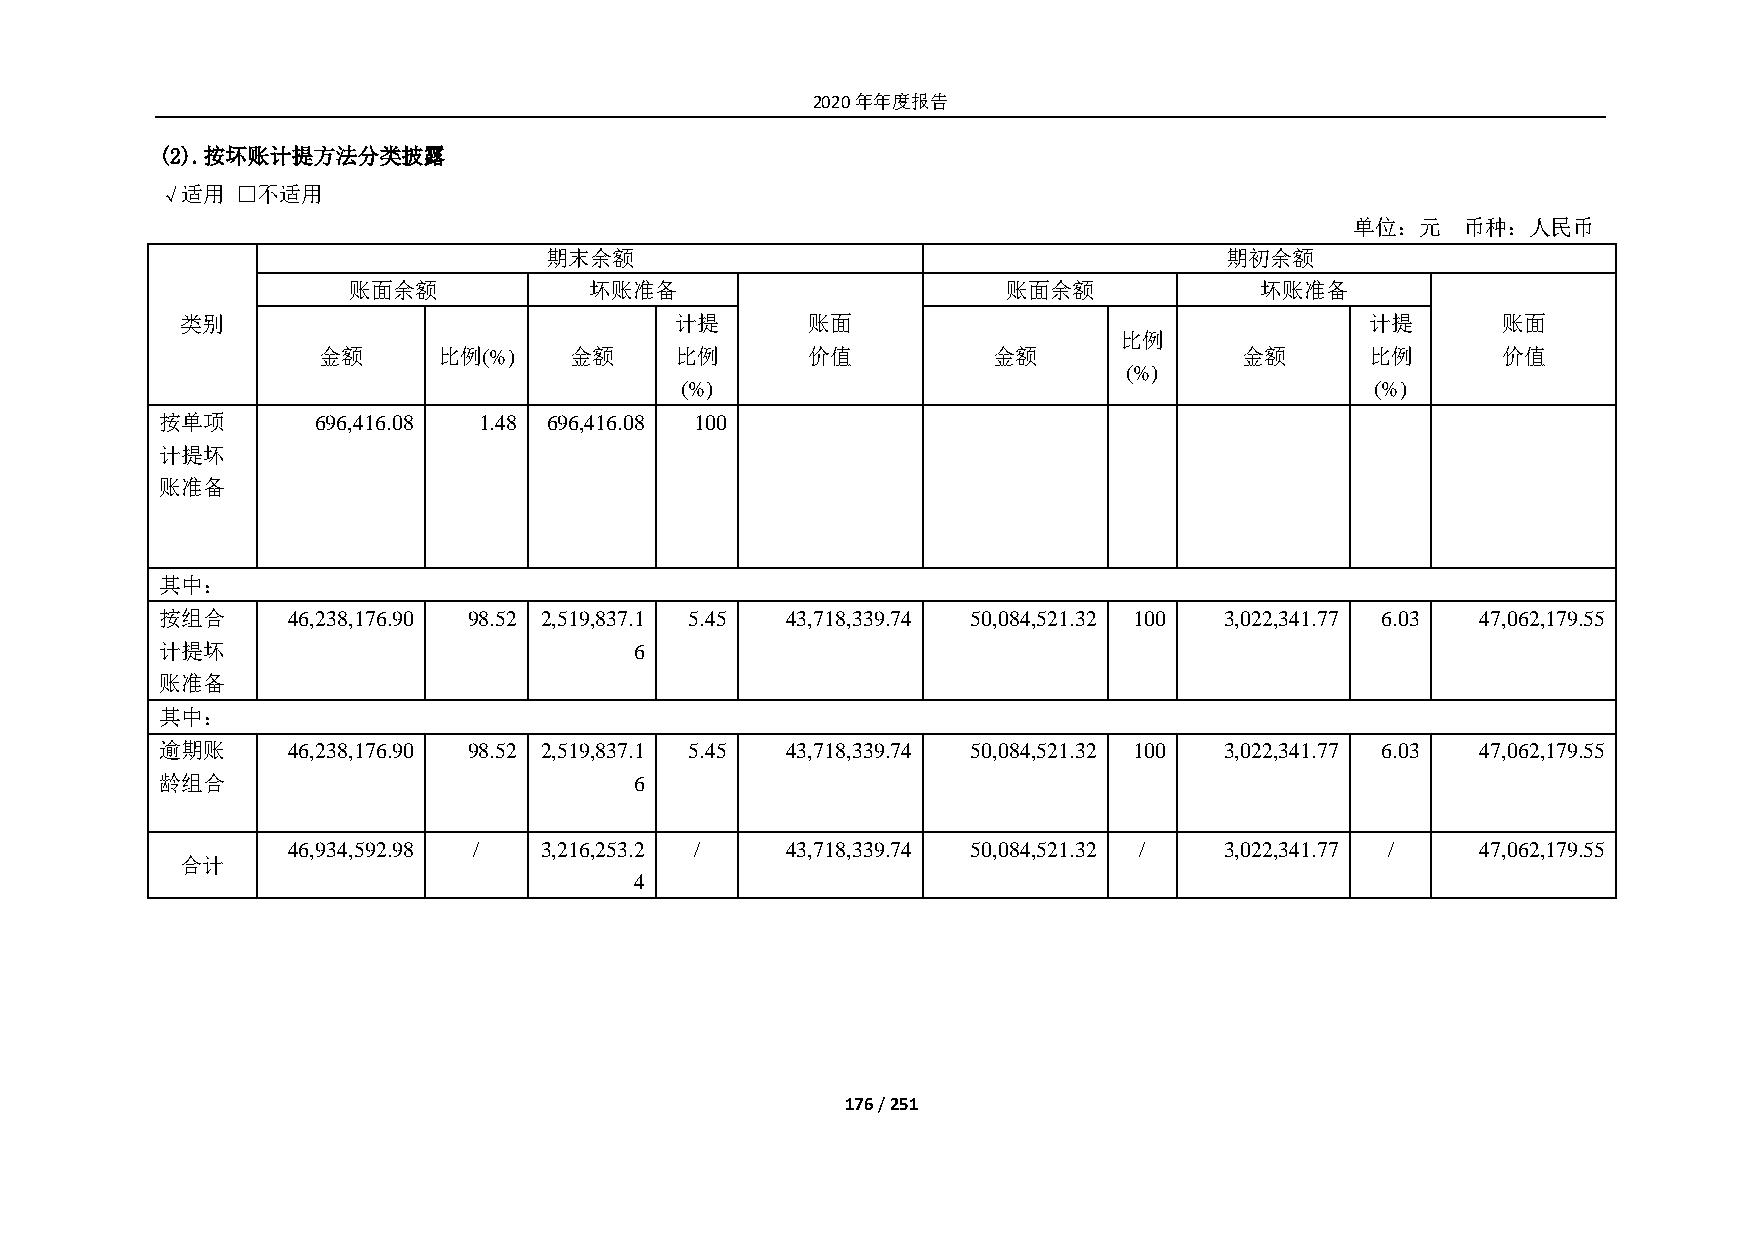
2020年年度报告
 (2). 按坏账计提方法分类披露
 √适用  □不适用
 单位：元   币种：人民币
 期末余额                                         期初余额
 账面余额            坏账准备                        账面余额            坏账准备
 类别                               计提      账面                                    计提      账面
 比例
 金额      比例(%)    金额     比例      价值           金额              金额       比例      价值
 (%)
 (%)                                           (%)
 按单项       696,416.08 1.48 696,416.08 100
 计提坏
 账准备
 其中：
 按组合     46,238,176.90 98.52 2,519,837.1 5.45 43,718,339.74 50,084,521.32 100 3,022,341.77 6.03 47,062,179.55
 计提坏                            6
 账准备
 其中：
 逾期账     46,238,176.90 98.52 2,519,837.1 5.45 43,718,339.74 50,084,521.32 100 3,022,341.77 6.03 47,062,179.55
 龄组合                            6
 46,934,592.98 /  3,216,253.2 /   43,718,339.74 50,084,521.32 / 3,022,341.77 /  47,062,179.55
 合计
 4
 176 / 251